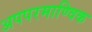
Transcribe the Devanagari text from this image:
अपपरमाण्विक